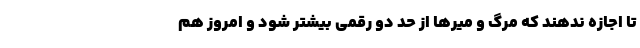
تا اجازه ندهند که مرگ و میرها از حد دو رقمی بیشتر شود و امروز هم